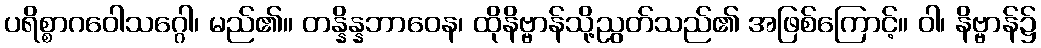
ပရိစ္စာဂဝေါသဂ္ဂေါ၊ မည်၏။ တန္နိန္နဘာဝေန၊ ထိုနိဗ္ဗာန်သို့ညွတ်သည်၏ အဖြစ်ကြောင့်။ ဝါ၊ နိဗ္ဗာန်၌